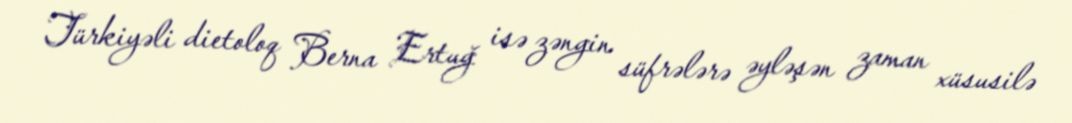
Türkiyəli dietoloq Berna Ertuğ isə zəngin süfrələrə əyləşən zaman xüsusilə